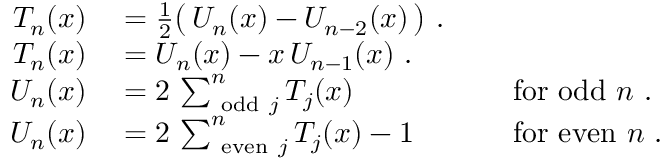
\begin{array} { r l r l } { T _ { n } ( x ) } & { { } = { \frac { 1 } { 2 } } { \big ( } \, U _ { n } ( x ) - U _ { n - 2 } ( x ) \, { \big ) } ~ . } & { } & { { } } \\ { T _ { n } ( x ) } & { { } = U _ { n } ( x ) - x \, U _ { n - 1 } ( x ) ~ . } & { } & { { } } \\ { U _ { n } ( x ) } & { { } = 2 \, \sum _ { { \mathrm { ~ o d d ~ } } j } ^ { n } T _ { j } ( x ) } & { } & { { } { \mathrm { ~ f o r ~ o d d ~ } } n ~ . } \\ { U _ { n } ( x ) } & { { } = 2 \, \sum _ { { \mathrm { ~ e v e n ~ } } j } ^ { n } T _ { j } ( x ) - 1 } & { } & { { } { \mathrm { ~ f o r ~ e v e n ~ } } n ~ . } \end{array}